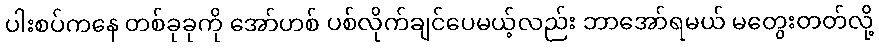
ပါးစပ်ကနေ တစ်ခုခုကို အော်ဟစ် ပစ်လိုက်ချင်ပေမယ့်လည်း ဘာအော်ရမယ် မတွေးတတ်လို့